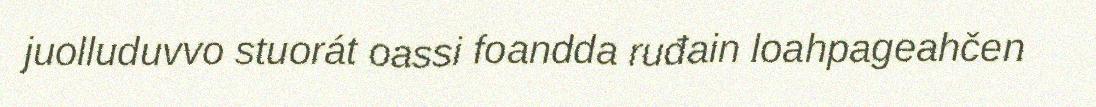
juolluduvvo stuorát oassi foandda ruđain loahpageahčen